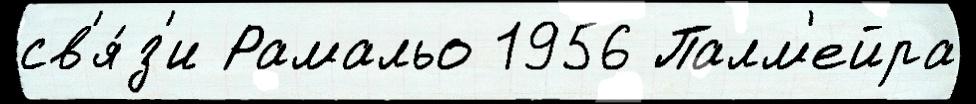
св'я́з'и Рамальо 1956 Палм'ейра